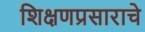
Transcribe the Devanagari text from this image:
शिक्षणप्रसाराचे